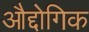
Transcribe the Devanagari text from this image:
औद्दोगिक